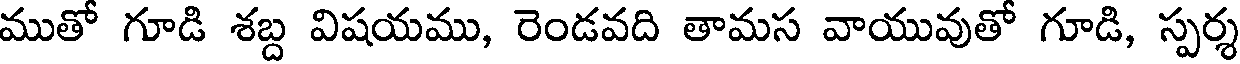
ముతో గూడి శబ్ద విషయము, రెండవది తామస వాయువుతో గూడి, స్పర్శ